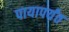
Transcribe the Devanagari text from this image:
पायापर्यंत